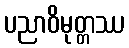
ပညာဝိမုတ္တဿ